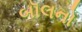
બૉલનો